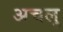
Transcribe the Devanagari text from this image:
अचलु